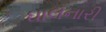
ઘાલનારી